Lunatic asylums Central Provinces reports 1874-1885 - 1874-1885
Year: 1874
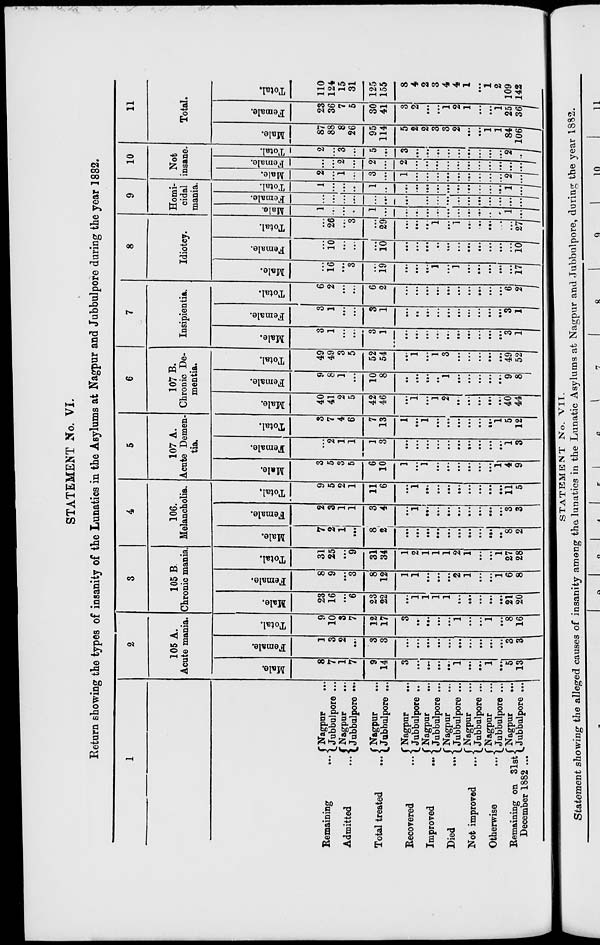
STATEMENT No. VI.
Return showing the types of insanity of the Lunatics in the Asylums at Nagpur and Jubbulpore during the year 1882.
1
Remaining
...
Admitted
...
Total treated
...
Recovered ...
Improved
...
Died
...
Not improved
...
Otherwise ...
Remaining on 31st
December 1882 ...
Nagpur
...
Jubbulpore ...
Nagpur ...
Jubbulpore ...
Nagpur ...
Jubbulpore ...
Nagpur ...
Jubbulpore ...
Nagpur ...
Jubbulpore ...
Nagpur ...
Jubbulpore ...
Nagpur ...
Jubbulpore ...
Nagpur ...
Jubbulpore ...
Nagpur
...
Jubbulpore ...
2
105 A.
Acute mania.
Male.
8
7
1
7
9
14
3
...
...
...
...
1
...
...
1
...
5
13
Female.
1
3
2
...
3
3
...
...
...
...
...
...
...
...
...
...
3
3
Total.
9
10
3
7
12
17
3
...
...
...
...
1
...
...
1
...
8
16
3
105 B
Chronic mania.
Male.
23
16
...
6
23
22
...
1
1
1
1
...
...
...
...
...
21
20
Female.
8
9
...
3
8
12
1
1
...
...
...
2
1
...
...
1
6
8
Total.
31
25
...
9
31
34
1
2
1
1
1
2
1
...
...
1
27
28
4
106.
Melancholia.
Male.
7
2
1
...
8
2
...
...
...
...
...
...
...
...
...
...
8
2
Female.
2
3
1
1
3
4
...
1
...
...
...
...
...
...
...
...
3
3
Total.
9
5
2
1
11
6
...
1
...
...
...
...
...
...
...
...
11
5
5
107 A.
Acute Demen-
tia.
Male.
3
5
3
5
6
10
1
...
1
...
...
...
...
...
...
1
4
9
Female.
...
2
1
1
1
3
...
...
...
...
...
...
...
...
...
...
1
3
Total.
3
7
4
6
7
13
1
...
1
...
...
...
...
...
...
1
5
12
6
107 B.
Chronic De-
mentia.
Male.
40
41
2
5
42
46
...
1
...
1
2
...
...
...
...
...
40
44
Female.
9
8
1
...
10
8
...
...
...
...
1
...
...
...
...
...
9
8
Total.
49
49
3
5
52
54
...
1
...
1
3
...
...
...
...
...
49
52
7
Insipientia.
Male.
3
1
...
...
3
1
...
...
...
...
...
...
...
...
...
...
3
1
Female.
3
1
...
...
3
1
...
...
...
...
...
...
...
...
...
...
3
1
Total.
6
2
...
...
6
2
...
...
...
...
...
...
...
...
...
...
6
2
8
Idiotcy.
Male.
...
16
...
3
...
19
...
...
...
1
...
1
...
...
...
...
...
17
Female.
...
10
...
...
...
10
...
...
...
...
...
...
...
...
...
...
...
10
Total.
...
26
...
3
...
29
...
...
...
1
...
1
...
...
...
...
...
27
9
Homi-
cidal
mania.
Mal e.
1
...
...
...
1
...
...
...
...
...
...
...
...
...
...
...
1
...
Femal e.
...
...
...
...
...
...
...
...
...
...
...
...
...
...
...
...
...
...
Total.
1
...
...
...
1
...
...
...
...
...
...
...
...
...
...
...
1
...
10
Not
insane.
Male.
2
...
1
...
3
...
1
...
...
...
...
...
...
...
...
...
2
...
Female.
...
...
2
...
2
...
2
...
...
...
...
...
...
...
...
...
...
...
Total.
2
...
3
...
5
...
3
...
...
...
...
...
...
...
...
...
2
...
11
Total.
Male.
87
88
8
26
95
114
5
2
2
3
3
2
...
...
1
1
84
106
Female.
23
36
7
5
30
41
3
2
...
...
1
2
1
...
...
1
25
36
Total.
110
124
15
31
125
155
8
4
2
3
4
4
1
...
1
2
109
142